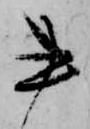
書